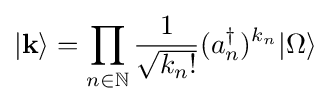
|{\mathbf {k} }\rangle =\prod _{n\in \mathbb {N} }{\frac {1}{\sqrt {k_{n}!}}}(a_{n}^{\dagger })^{k_{n}}|\Omega \rangle